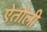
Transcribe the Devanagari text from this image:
ऐतौली